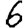
Digit: 6